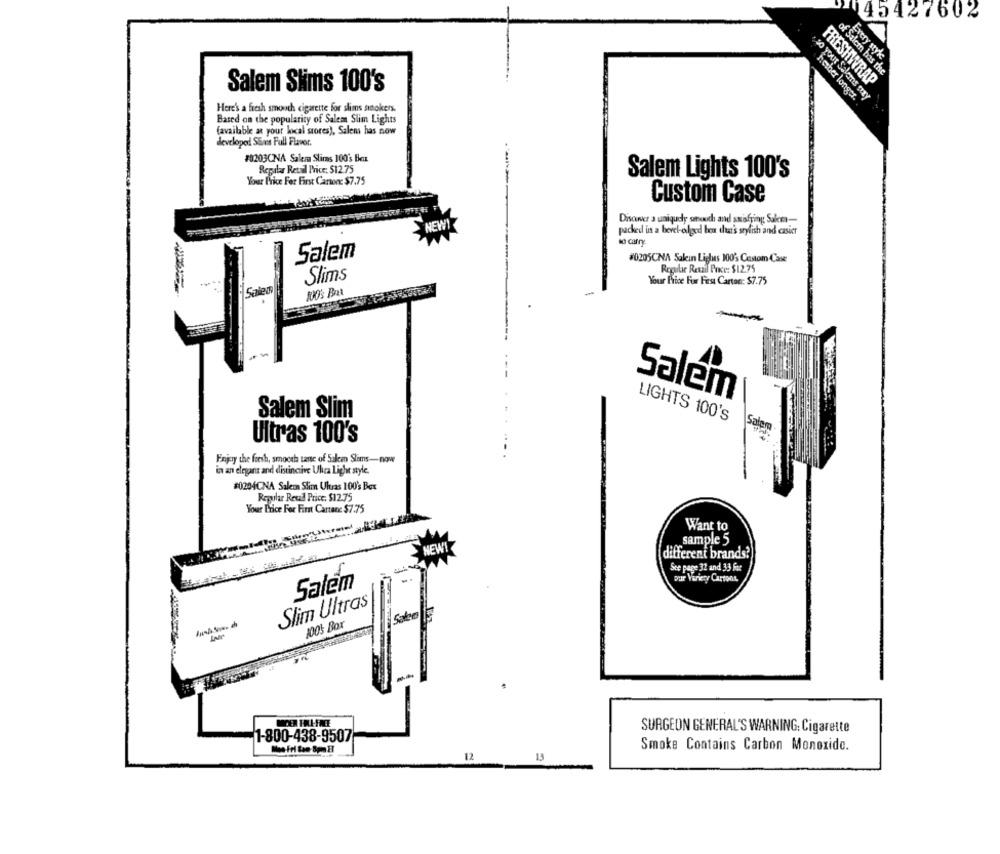
45427602
Every style
of Salein has the
Salem Sims 100's
FRESHWRAP
so Your Salems trzy
hasher longer.
Here's a fresh smooth cigarette for slims sinokers.
Based on the popularity of Salem Slim Lights
(available at your local stores), Salem has now
developed SEims Full Flavor.
#0203CNA Salera Slims 100's Beux
Regular Retail Price: $12 75
Your Price For First Carton: $7.75
Salem Lights 100's
Custom Case
Disover a uniquely anouch and suisfring Sulem-
NEW!
packed uns a bevel-edged bem that's sryfish and casier
No carry
Salem
#0205CNA Salein Lighes 100' Custom Case
Regular Retail Price: $12.75
Slims
Your Price For First Carton: $7.75
Sales
WU's Bat
--
Salem
Salem Slim
LIGHTS 100's
Sala
Ultras 100's
Enjoy the fresh, smooth tante of Salem Slams-now
in an elegant and distinctive Ultra Light style.
#0204CNA Saleon Slim Ultras 100's Box
Regular Revad Price: $12.75
Your Price For First Cartenc $7.75
Want to
sample 5
NEW!
different brands?
See page 32 and 33 for
pur Variety Cartons
Salem
Slim Ultras
100% Box
SURGEON GENERAL'S WARNING: Cigarette
1-800-438-9507
Smoke Contains Carbon Monoxide.
12
13